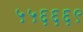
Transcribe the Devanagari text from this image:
५५६६६९